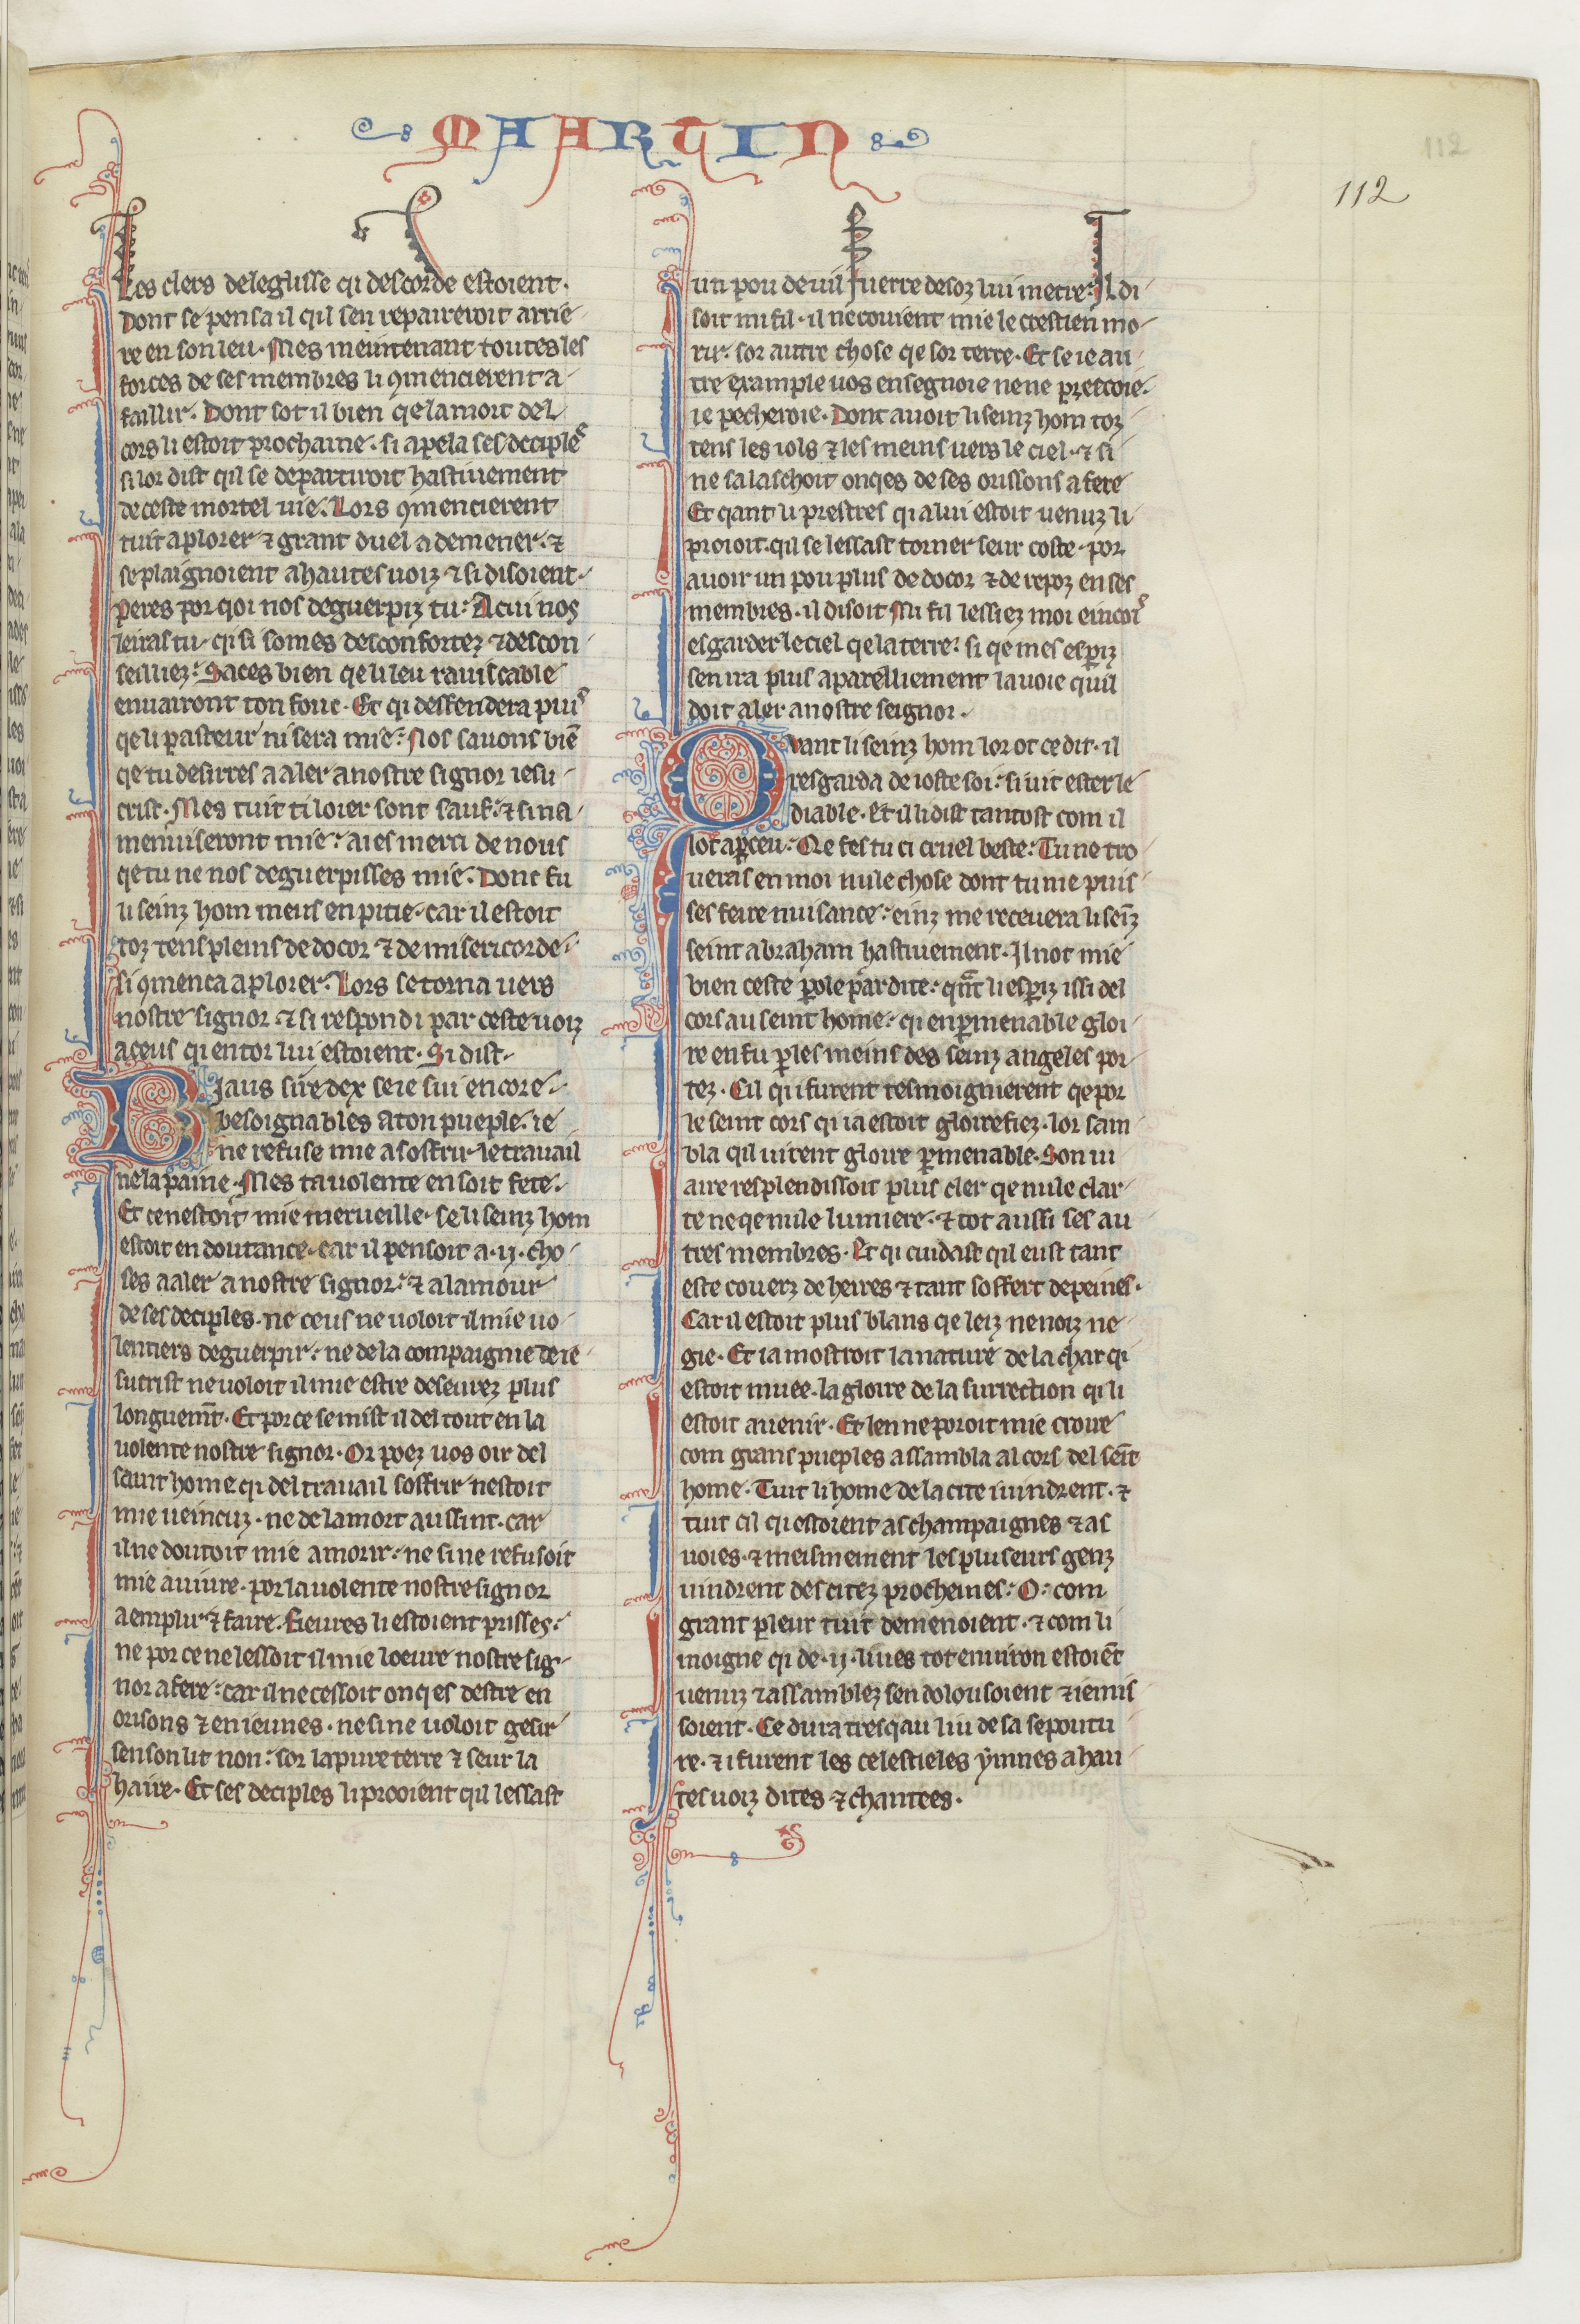
Shelfmark: Paris, BnF, fr. 412
Century: 13